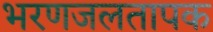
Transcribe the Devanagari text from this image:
भरणजलतापक